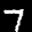
Label: 7